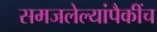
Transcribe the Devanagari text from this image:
समजलेल्यांपैकींच